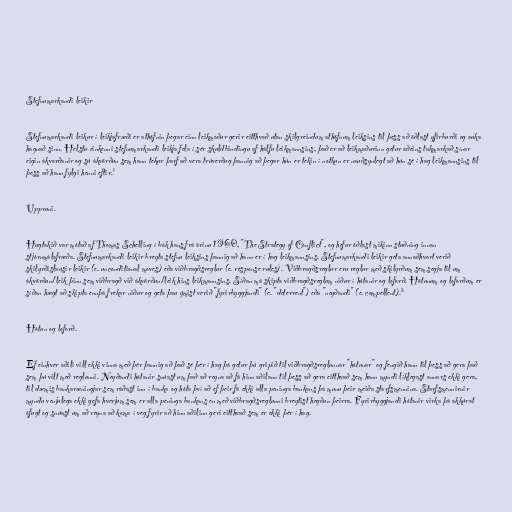
Stefnumarkandi leikir

Stefnumarkandi leikur í leikjafræði er athöfnin þegar einn leikmaður gerir eitthvað utan skilgreindum athöfnum leiksins til þess að öðlast yfirburði og auka
hagnað sinn. Helstu einkenni stefnumarkandi leikja fela í sér skuldbindingu af hálfu leikmannsins, það er að leikmaðurinn getur aðeins takmarkað sínar
eigin ákvarðanir og sú ákvörðun sem hann tekur þarf að vera trúverðug þannig að þegar hún er tekin í notkun er nauðsynlegt að hún sé í hag leikmannsins til
þess að hann fylgi henni eftir.¹

Uppruni.

Hugtakið var mótað af Thomas Schelling í bók hans frá árinu 1960, "The Strategy of Conflict", og hefur öðlast mikinn stuðning innan
stjórnmálafræða. Stefnumarkandi leikir breyta stefnu leiksins þannig að hann er í hag leikmannsins. Stefnumarkandi leikir geta annaðhvort verið
skilyrðislausir leikir (e. unconditional moves) eða viðbragðsreglur (e. response rules). Viðbragðsreglur eru reglur með skilyrðum sem segja til um
ákvörðun/leik þinn sem viðbragð við ákvörðun/leik hins leikmannsins. Síðan má skipta viðbragðsreglum niður í hótanir og loforð. Hótunum og loforðum er
síðan hægt að skipta ennþá frekar niður og geta þau ýmist verið "fyrirbyggjandi" (e. "deterrent") eða "neyðandi" (e. compellent).²

Hótun og loforð.

Ef einhver aðili vill ekki vinna með þér þannig að það sé þér í hag þá getur þú gripið til viðbragðsreglunnar "hótunar" og fengið hann til þess að gera það
sem þú vilt með reglunni. Neyðandi hótanir snúast um það að reyna að fá hinn aðilann til þess að gera eitthvað sem hann myndi líklegast annars ekki gera,
til dæmis bankaræningjar sem ráðast inn í banka og hóta því að ef þeir fá ekki alla peninga bankans þá munu þeir meiða starfsmennina. Starfsmennirnir
myndu venjulega ekki gefa hverjum sem er alla peninga bankans en með viðbragðsreglunni breytist hegðun þeirra. Fyrirbyggjandi hótanir virka þá akkúrat
öfugt og snúast um að reyna að koma í veg fyrir að hinn aðilinn geri eitthvað sem er ekki þér í hag.